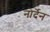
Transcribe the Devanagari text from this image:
नोर्देन